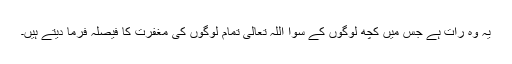
یہ وہ رات ہے جس میں کچھ لوگوں کے سوا اللہ تعالیٰ تمام لوگوں کی مغفرت کا فیصلہ فرما دیتے ہیں۔